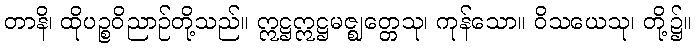
တာနိ၊ ထိုပဉ္စဝိညာဉ်တို့သည်။ ဣဋ္ဌဣဋ္ဌမဇ္ဈတ္တေသု၊ ကုန်သော။ ဝိသယေသု၊ တို့၌။